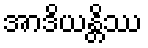
အာဒိယန္တိဿ